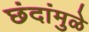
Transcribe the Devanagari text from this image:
छंदांमुळे